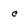
Character: c